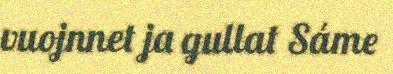
vuojnnet ja gullat Sáme